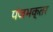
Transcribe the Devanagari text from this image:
पंजभक्तर